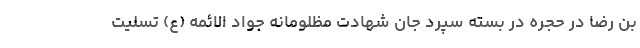
بن رضا در حجره در بسته سپرد جان شهادت مظلومانه جواد الائمه (ع) تسلیت